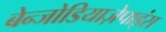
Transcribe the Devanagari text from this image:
बेन्जोडियाज़ेपाइंस